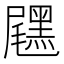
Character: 𪑐